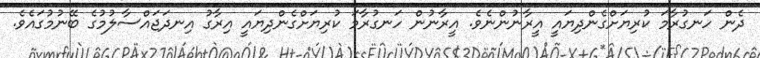
ދެން ހަނގުރާމަ ކުރިޔަށްގެންދިޔައީ އީރާނުންނެވެ. އީރާނުން ހަނގުރާމަ ކުރިޔަށްގެންދިޔައީ އިރާގު އިނދަޖައްސާލުމުގެ ބޭނުމުގައެވެ.